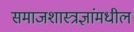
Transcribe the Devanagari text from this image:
समाजशास्त्रज्ञांमधील